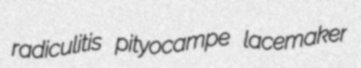
radiculitis pityocampe lacemaker